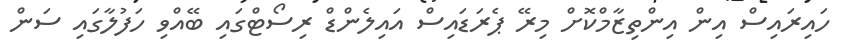
ހައިރައިސް އިން އިންތިޒާމްކޮށް މިރޭ ޕެރަޑައިސް އައިލެންޑް ރިސޯޓްގައި ބޭއްވި ހަފުލާގައި ސަން